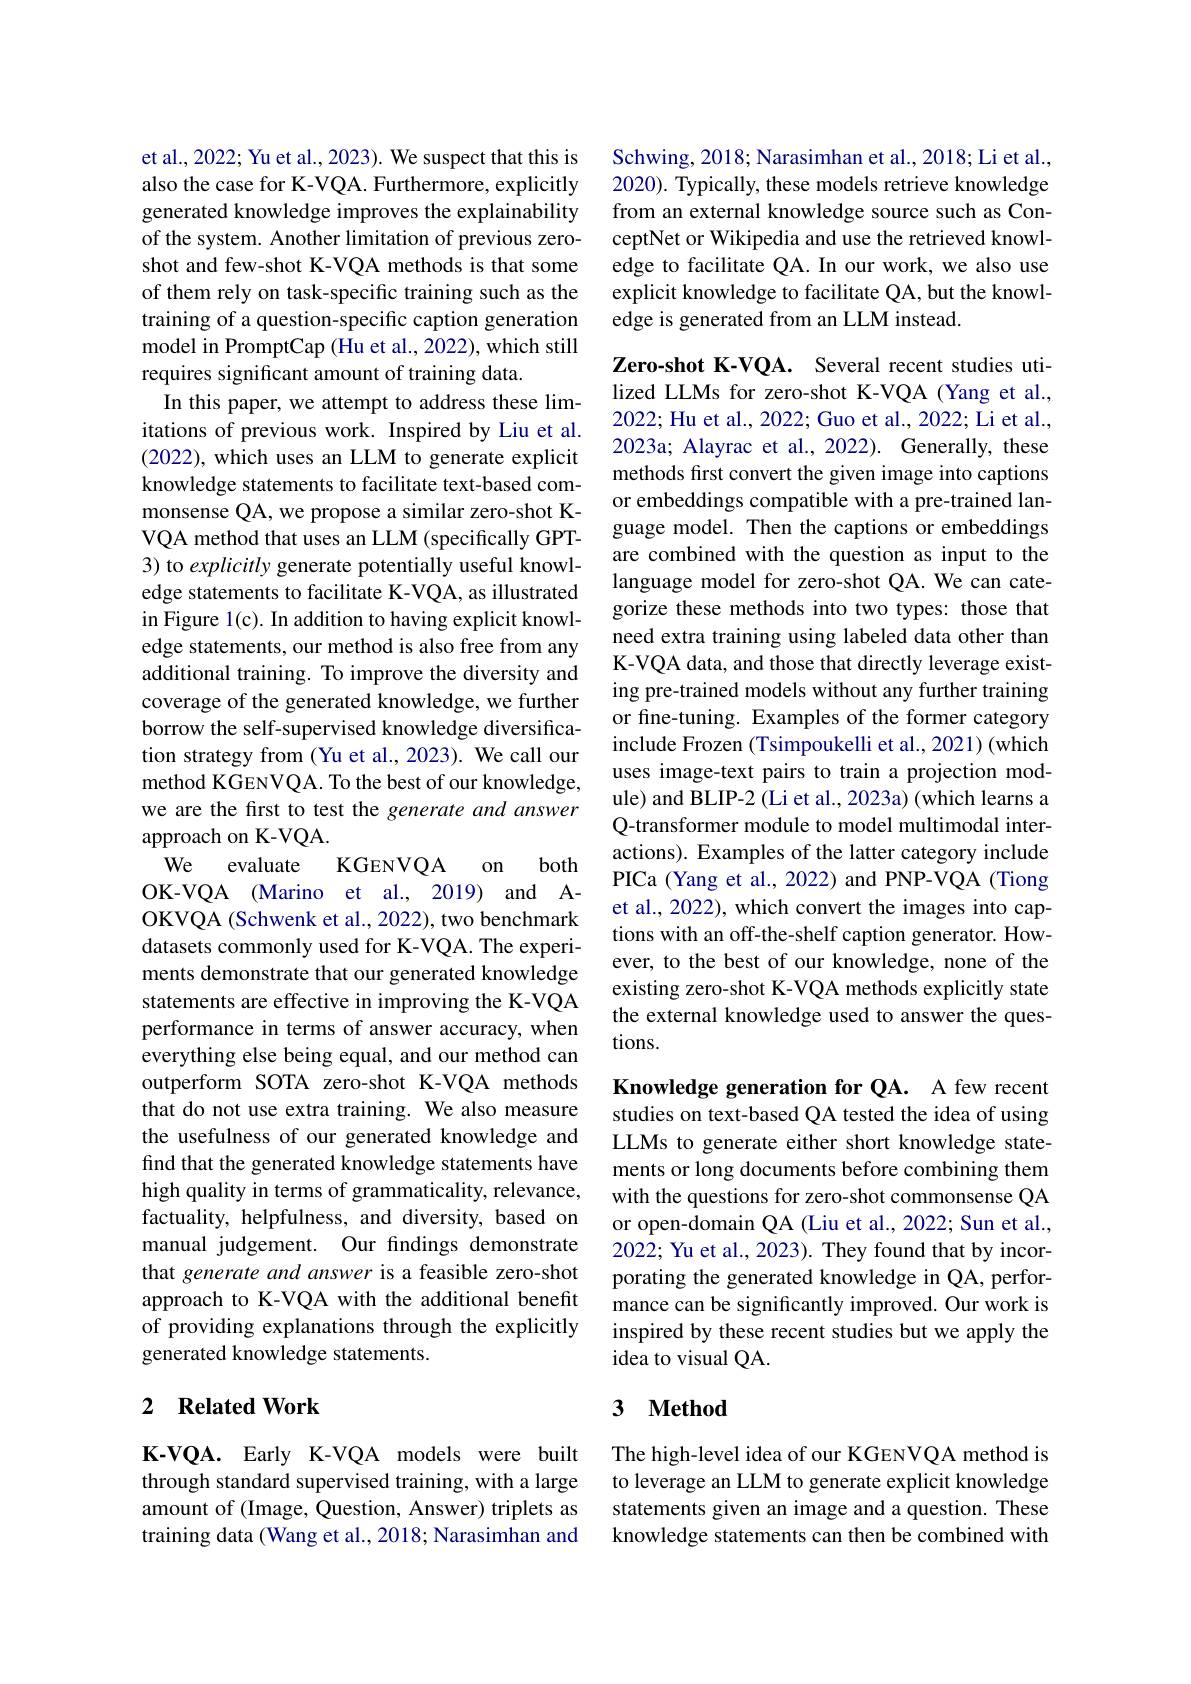
et al., 2022; Yu et al., 2023). We suspect that this is also the case for K-VQA. Furthermore, explicitly generated knowledge improves the explainability of the system. Another limitation of previous zeroshot and few-shot K-VQA methods is that some of them rely on task-specific training such as the training of a question-specific caption generation model in PromptCap (Hu et al., 2022), which still requires significant amount of training data.
In this paper, we attempt to address these limitations of previous work. Inspired by Liu et al. (2022), which uses an LLM to generate explicit knowledge statements to facilitate text-based commonsense QA, we propose a similar zero-shot KVQA method that uses an LLM (specifically GPT- 3) to explicitly generate potentially useful knowledge statements to facilitate K-VQA, as illustrated in Figure 1(c). In addition to having explicit knowledge statements, our method is also free from any additional training. To improve the diversity and coverage of the generated knowledge, we further borrow the self-supervised knowledge diversification strategy from (Yu et al., 2023). We call our method KGENVQA. To the best of our knowledge, we are the first to test the generate and answer approach on K-VQA
We
both
KGENVQA
on
evaluate

OK-VQA (Marino et al., 2019) and AOKVQA (Schwenk et al., 2022), two benchmark datasets commonly used for K-VQA. The experiments demonstrate that our generated knowledge statements are effective in improving the K-VQA performance in terms of answer accuracy, when everything else being equal, and our method can outperform SOTA zero-shot K-VQA methods that do not use extra training. We also measure the usefulness of our generated knowledge and find that the generated knowledge statements have high quality in terms of grammaticality, relevance, factuality, helpfulness, and diversity, based on manual judgement. Our findings demonstrate that generate and answer is a feasible zero-shot approach to K-VQA with the additional benefit of providing explanations through the explicitly generated knowledge statements.

## 2 Related Work

K-VQA. Early K-VQA models were built through standard supervised training, with a large amount of (Image, Question, Answer) triplets as training data (Wang et al., 2018; Narasimhan and

Schwing, 2018; Narasimhan et al., 2018; Li et al., 2020). Typically, these models retrieve knowledge from an external knowledge source such as ConceptNet or Wikipedia and use the retrieved knowledge to facilitate QA. In our work, we also use explicit knowledge to facilitate QA, but the knowledge is generated from an LLM instead.

Zero-shot K-VQA. Several recent studies utilized LLMs for zero-shot K-VQA (Yang et al., 2022; Hu et al., 2022; Guo et al., 2022; Li et al., 2023a; Alayrac et al., 2022). Generally, these methods frst convert the given image into captions or embeddings compatible with a pre-trained language model. Then the captions or embeddings are combined with the question as input to the language model for zero-shot QA. We can categorize these methods into two types: those that need extra training using labeled data other than K-VQA data, and those that directly leverage existing pre-trained models without any further training or fine-tuning. Examples of the former category include Frozen (Tsimpoukelli et al., 2021) (which uses image-text pairs to train a projection module) and BLIP-2 (Li et al., 2023a) (which learns a Q-transformer module to model multimodal interactions). Examples of the latter category include PICa (Yang et al., 2022) and PNP-VQA (Tiong et al., 2022), which convert the images into captions with an off-the-shelf caption generator. However, to the best of our knowledge, none of the existing zero-shot K-VQA methods explicitly state the external knowledge used to answer the questions.

Knowledge generation for QA. A few recent studies on text-based QA tested the idea of using LLMs to generate either short knowledge statements or long documents before combining them with the questions for zero-shot commonsense QA or open-domain QA (Liu et al., 2022; Sun et al., 2022; Yu et al., 2023). They found that by incorporating the generated knowledge in QA, performance can be significantly improved. Our work is inspired by these recent studies but we apply the idea to visual QA.

# 3 Method

The high-level idea of our KGENVQA method is to leverage an LLM to generate explicit knowledge statements given an image and a question. These knowledge statements can then be combined with